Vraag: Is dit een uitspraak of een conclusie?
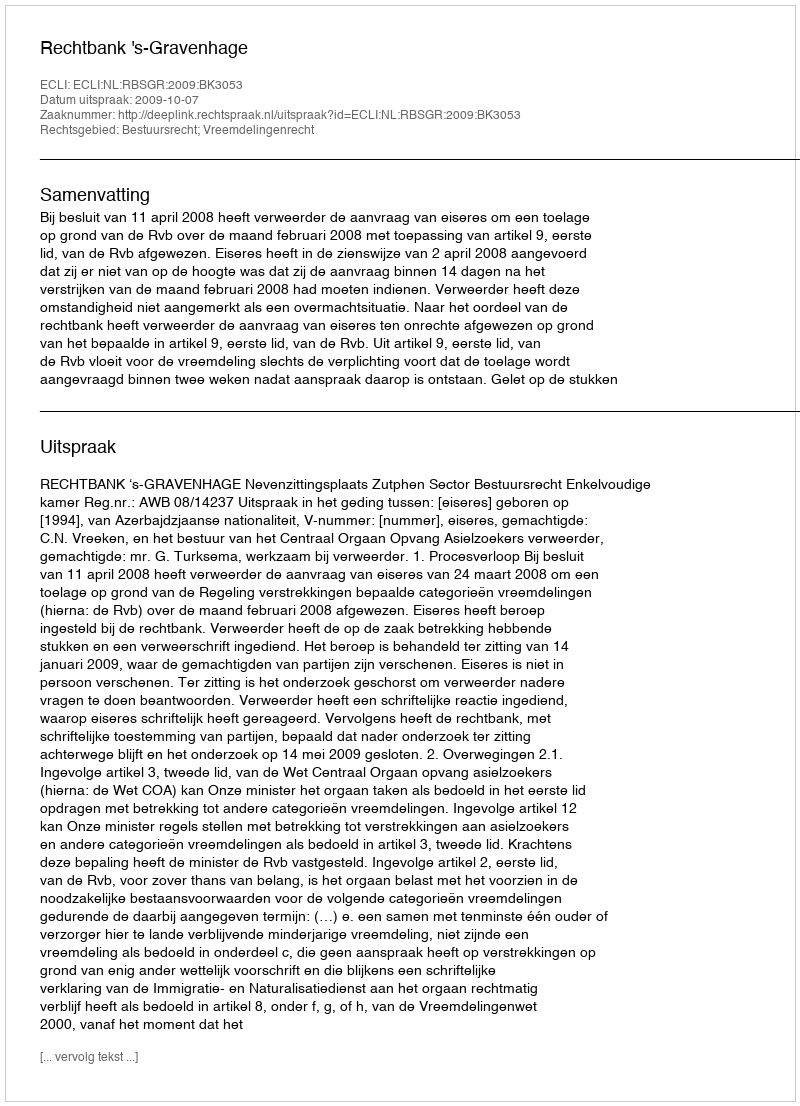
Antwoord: Uitspraak